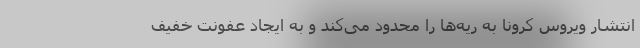
انتشار ویروس کرونا به ریه‌ها را محدود می‌کند و به ایجاد عفونت خفیف